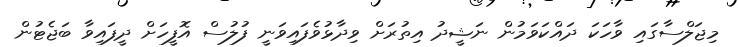
މިޖަލްސާގައި ވާހަކަ ދައްކަވަމުން ނަޝީދު އިތުރަށް ވިދާޅުވެފައިވަނީ ފުލުސް އޮފީހަށް ދީފައިވާ ބަޖެޓުން